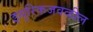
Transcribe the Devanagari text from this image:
झ्युरिकजवळील